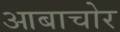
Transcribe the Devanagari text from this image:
आबाचोर